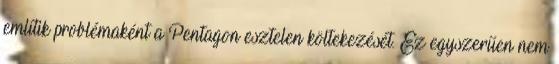
említik problémaként a Pentagon esztelen költekezését. Ez egyszerűen nem